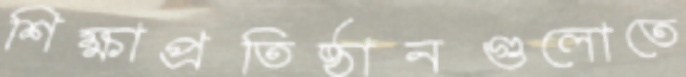
শিক্ষাপ্রতিষ্ঠানগুলোতে